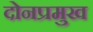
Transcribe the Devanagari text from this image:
दोनप्रमुख